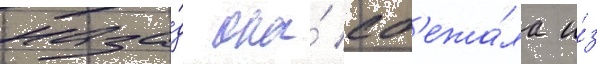
наза́д она́ сб'ежа́ла и́з